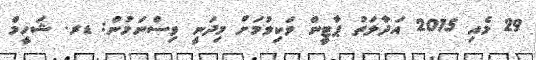
29 މެއި 2015 އަދާލަތު ޕާޓީން ވަކިވުމަށް މިދަނީ ވިސްނަމުން: ޑރ. ޝަހީމް